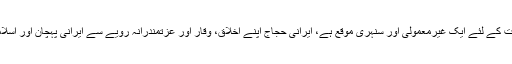
انہوں نے مزید فرمایا کہ حج اسلامی اخوت اور الفت کے لئے ایک غیرمعمولی اور سنہری موقع ہے، ایرانی حجاج اپنے اخلاق، وقار اور عزتمندرانہ رویے سے ایرانی پہچان اور اسلامی جمہوریہ کے اصولوں کی ترجمانی کریں گے۔